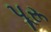
પૂરૂ